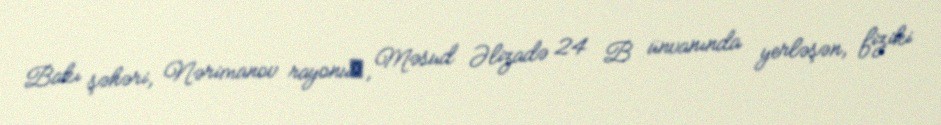
Bakı şəhəri, Nərimanov rayonu‎, Məsud Əlizadə 24 B ünvanında yerləşən, fiziki